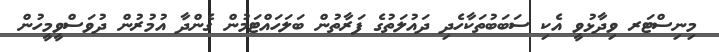
މިނިސްޓަރ ވިދާޅުވީ އެކި ސަބަބުތަކާހެދި ދައުލަތުގެ ފަރާތުން ބަލަހައްޓަމުން ގެންދާ އުމުރުން ދުވަސްވީމީހުން